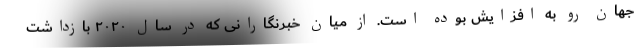
جهان رو به افزایش بوده است. از میان خبرنگارانی که در سال ۲۰۲۰ بازداشت